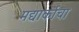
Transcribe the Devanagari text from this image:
मद्यार्काचा